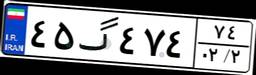
۴۵گ۴۷۴۷۴